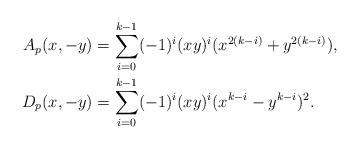
LaTeX: \begin{align*} \begin{aligned} A_p(x, -y) &= \sum_{i=0}^{k-1} (-1)^i (xy)^{i} (x^{2(k-i)} + y^{2(k-i)}), \\ D_p(x, -y) &= \sum_{i=0}^{k-1} (-1)^i (xy)^{i} (x^{k-i} - y^{k-i})^2.\end{aligned}\end{align*}